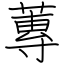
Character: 蓴